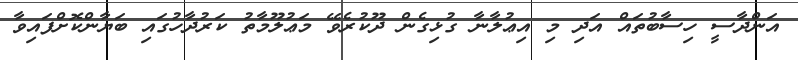
އަންދާސީ ހިސާބުތައް އަދި މި އިޢުލާނާ ގުޅިގެން ދޫކުރެވޭ މަޢުލޫމާތު ކަރުދާހުގައި ބަޔާންކޮށްފައިވާ